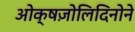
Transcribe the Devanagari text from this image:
ओक्षज़ोलिदिनोने